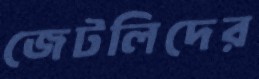
জেটলিদের